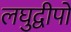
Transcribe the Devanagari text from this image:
लघुद्वीपों